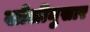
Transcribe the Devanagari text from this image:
खोलीनुसार